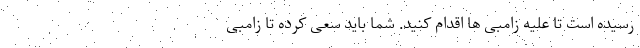
رسیده است تا علیه زامبی ها اقدام کنید. شما باید سعی کرده تا زامبی